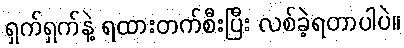
ရှက်ရှက်နဲ့ ရထားတက်စီးပြီး လစ်ခဲ့ရတာပါပဲ။